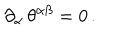
LaTeX: \partial _ { \alpha } \, \theta ^ { \alpha \beta } = 0 \, .